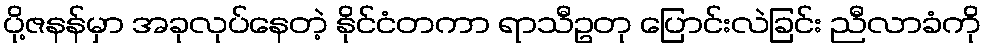
ပို့ဇနန်မှာ အခုလုပ်နေတဲ့ နိုင်ငံတကာ ရာသီဥတု ပြောင်းလဲခြင်း ညီလာခံကို